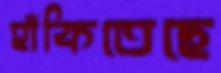
হাঁকিতেছে